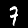
Digit: 7